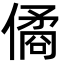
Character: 僪